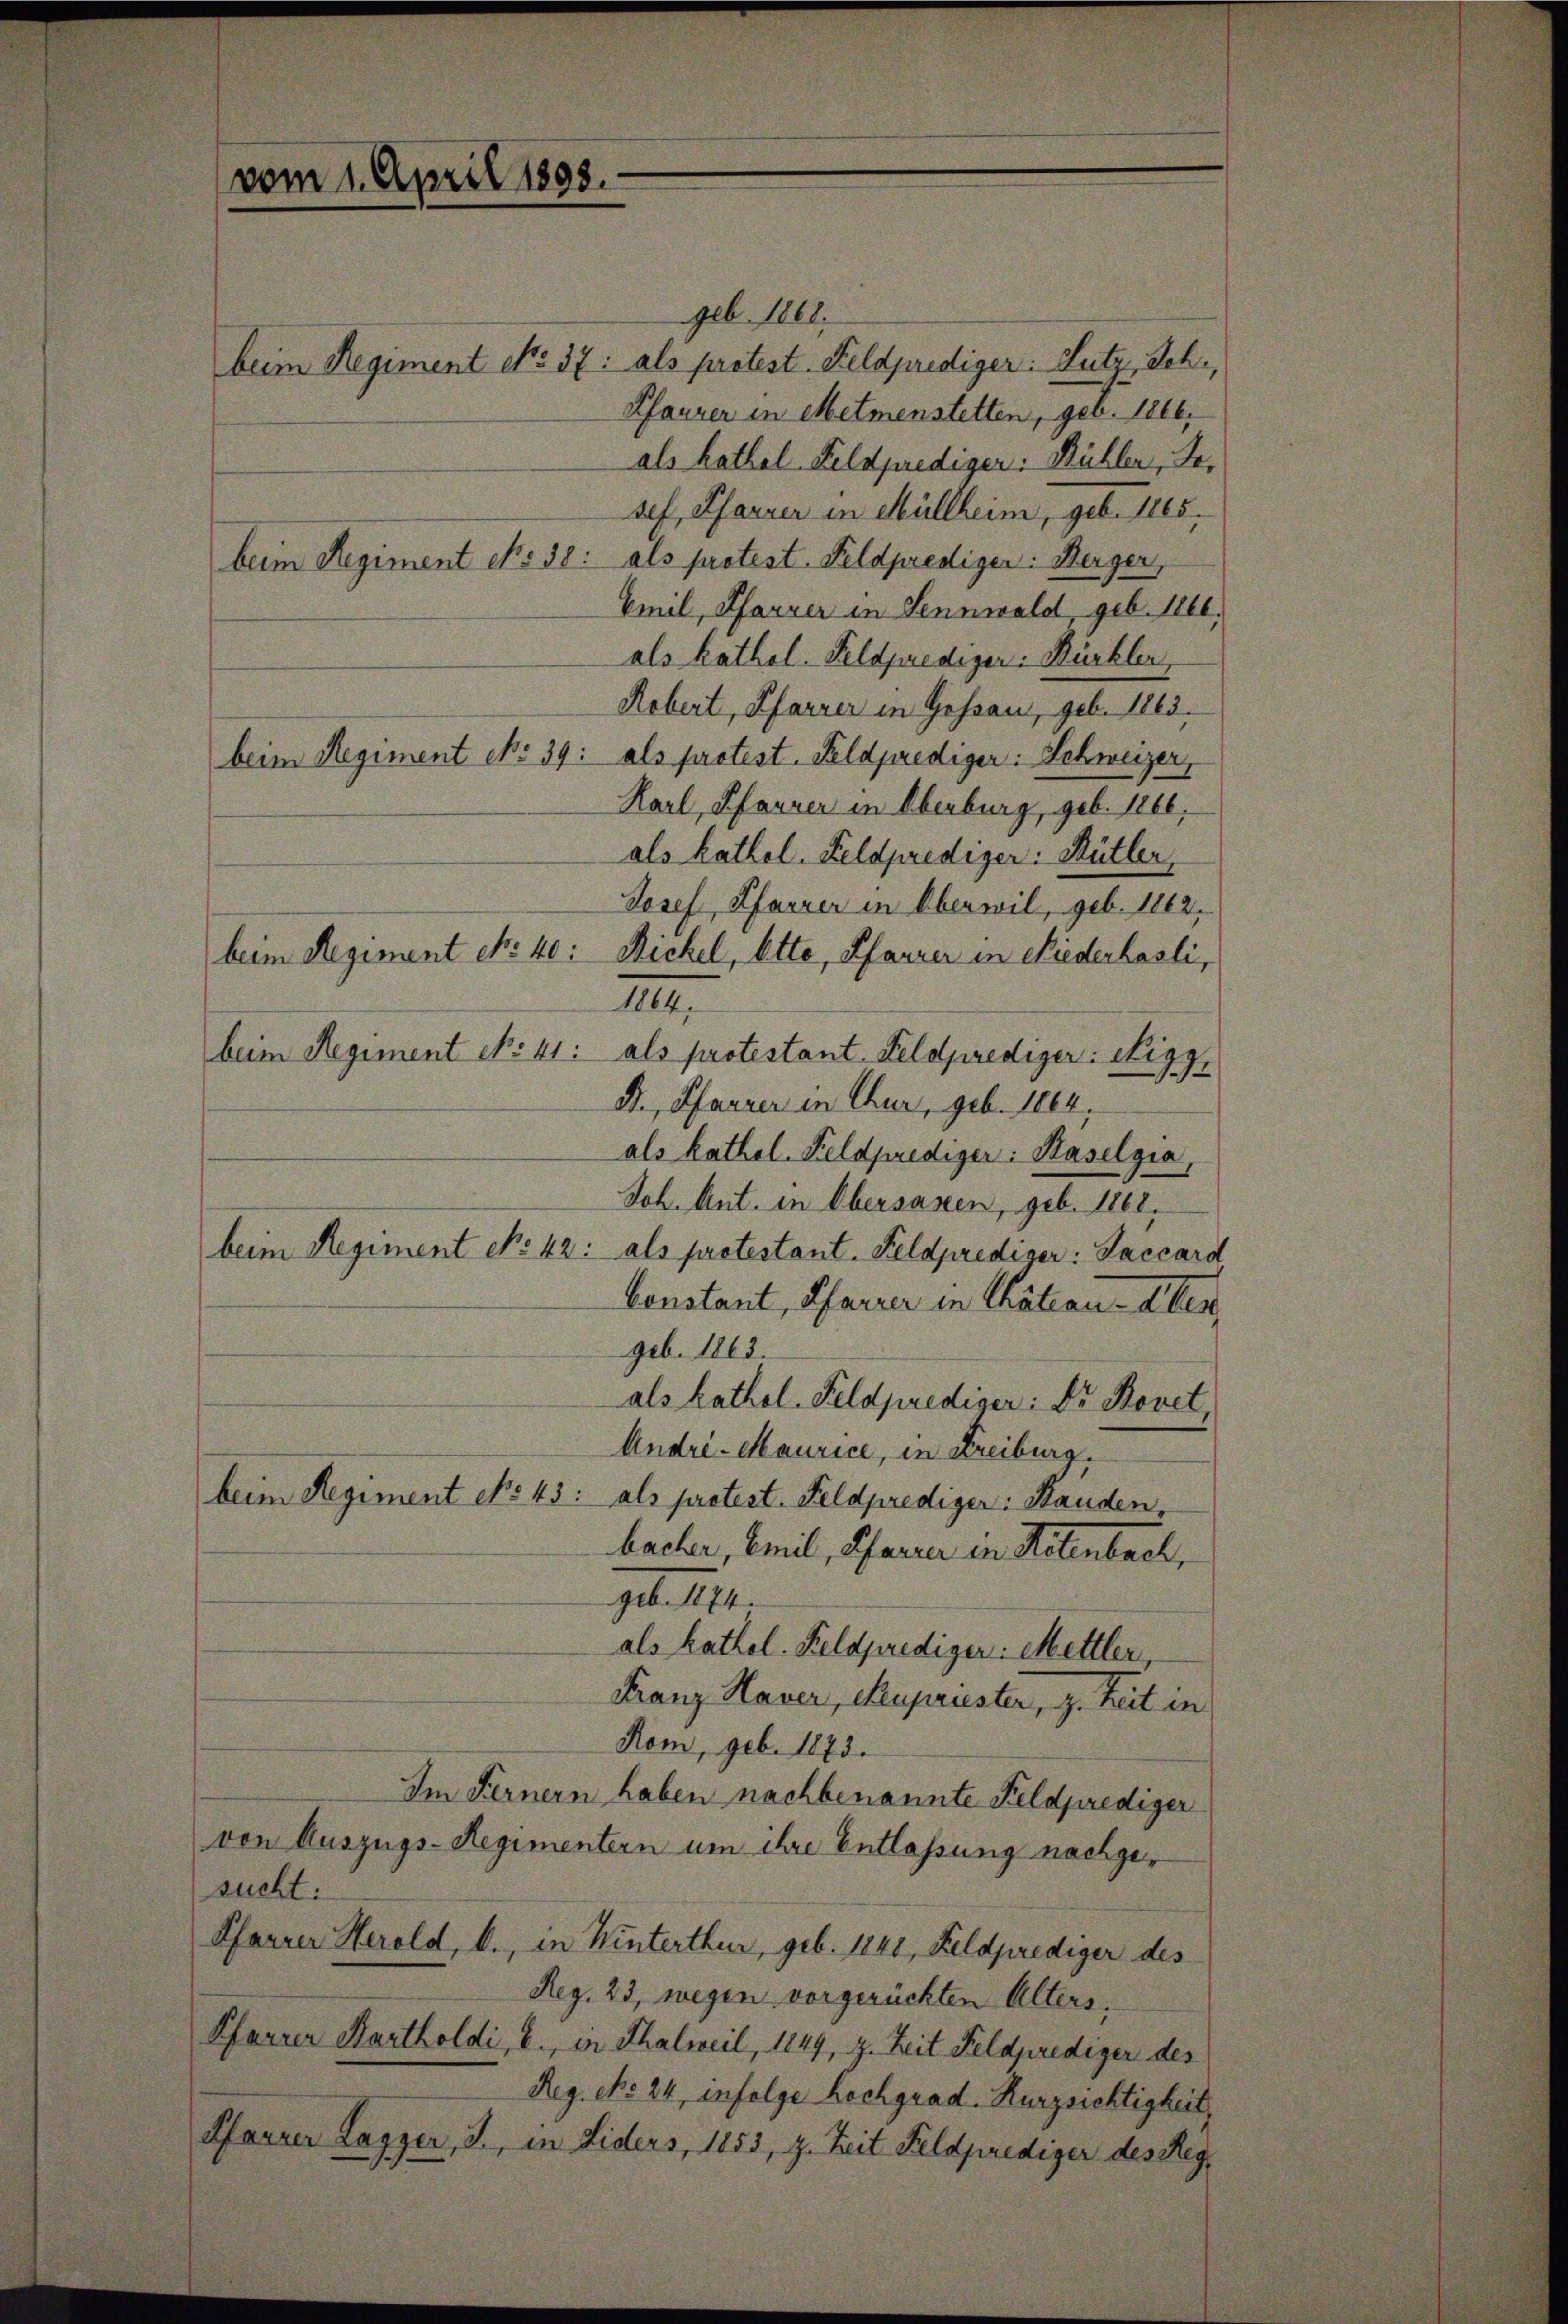
vom 1. April 1893.

geb. 1861.
beim Regiment No 37: als protest. Feldprediger: Lutz, Sch.,
Pfaurer in Metmenstetten, geb. 1866,
als Rothel Feldprediger Mühler, Dr.
sef, Pfarrer in Müllheim, geb. 185
beim Regiment No 38: als protest. Feldprediger: Herger,
Emil, Pfarrer in Sennwald, geb. 1860.
als kathol. Feldprediger. Büchler,
Robert, Pfarrer in Gossau, geb. 1863.
beim Regiment No 39: als protest. Feldprediger: Schweizer,
Karl, Pfanner in Oberburg, geb. 1866.
als kathol. Feldprediger: Mütter,
Josef, Pfarrer in Oberwil, geb. 1862,
beim Regiment No. 40: Rickel, Otte, Pfarrer in Niederhasli,
1864.
beim Regiment No 41:
als protestant Feldprediger: Stigg
D., Pfarrer in Chur, geb. 1864.
als kathol. Feldprediger: Haselgia,
Joh. Ant. in Obersagen, geb. 1861.
beim Regiment No 42: als protestant. Feldprediger: Jaccard
Constant, Pfarrer in Thätian - Aber
geb. 1863
als kathol-Feldprediger: Dr. Bovet,
André-Maurice, in Freiburg.
beim Regiment No 43: als protest. Feldprediger: Handen,
bacher, Emil, Pfarrer in Helenbach,
gel.
als kathol. Feldprediger: Mettler,
Franz Haver, Kupruster, z. Zeit in
Rom, geb. 1873.
Im Fernern haben nachbenannte Feldprediger
von Auszugs-Regimentern um ihre Entlassung nachgesucht:
Pfarrer Herold, b., in Winterthur, geb. 1840, Feldprediger des
Reg. 23, wegen vorgerückten Alters
Pfarrer Kartholdi, E., er Thalweil, 1849, z. Zeit Feldprediger des
Reg. No 24, infolge hochgrad. Kurzsichtigkeit,
Pfarrer Lager, J., in Liders, 1853, z. Zeit Feldprediger des Reg¬